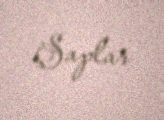
Şaplar